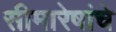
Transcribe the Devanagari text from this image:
सीमारेषांचे